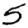
Digit: 5